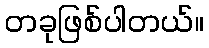
တခုဖြစ်ပါတယ်။